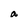
Character: a